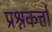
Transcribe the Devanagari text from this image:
प्रश्नकर्त्ता